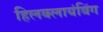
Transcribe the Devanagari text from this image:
हिलक्लायंबिंग